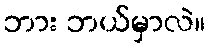
ဘား ဘယ်မှာလဲ။